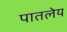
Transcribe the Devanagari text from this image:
पातलेय